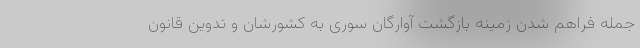
جمله فراهم شدن زمینه بازگشت آوارگان سوری به کشورشان و تدوین قانون